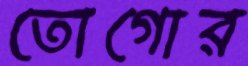
তোগোর